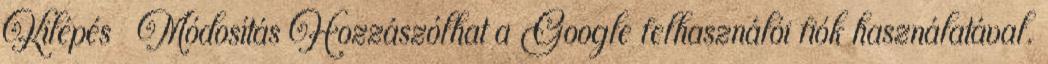
Kilépés Módosítás Hozzászólhat a Google felhasználói fiók használatával.